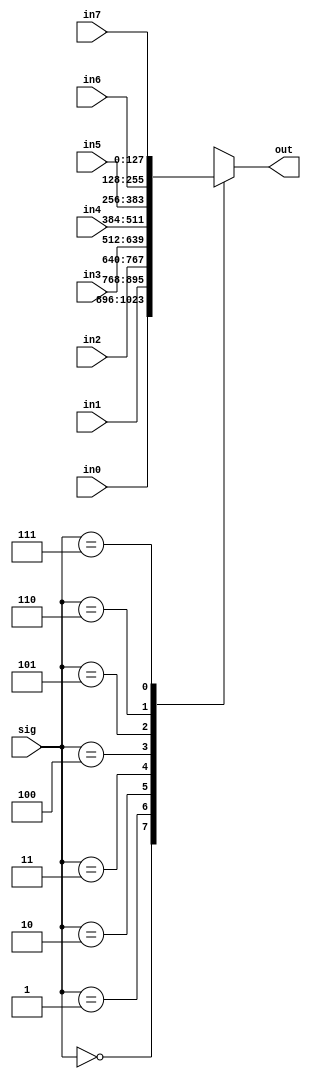
module mux8_1_L2  #(parameter M=8)(in0,in1,in2,in3,in4,in5,in6,in7,sig,out);
input [M*16-1:0] in0,in1,in2,in3,in4,in5,in6,in7;
input [2:0]  sig;
output reg  [M*16-1:0] out;

always@(*)
begin
    case(sig)
    3'b000:  out=in0;
    3'b001:  out=in1;
    3'b010:  out=in2;
    3'b011:  out=in3;
    3'b100:  out=in4;
    3'b101:  out=in5;
    3'b110:  out=in6;
    3'b111:  out=in7;
    endcase
end
endmodule